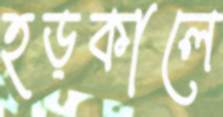
হড়কালে